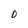
Character: O